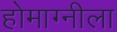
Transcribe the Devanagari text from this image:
होमाग्नीला